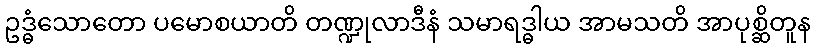
ဥဒ္ဓံသောတော ပမောစယာတိ တဏ္ဍုလာဒီနံ သမာရဒ္ဓါယ အာမသတိ အာပုစ္ဆိတူန